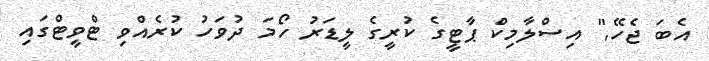
އެބަ ޖެހޭ